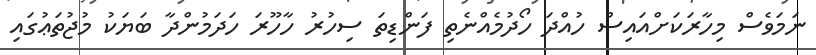
ނަމަވެސް މިހާރަކަށްއައިސް ހުއްދަ ހޯދުމެއްނެތި ފަންޑިތަ ސިހުރު ހާހޫރަ ހަދަމުންދާ ބަޔަކު މުޖުތަޢުގައި